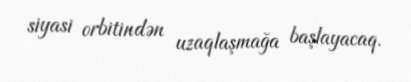
siyasi orbitindən uzaqlaşmağa başlayacaq.